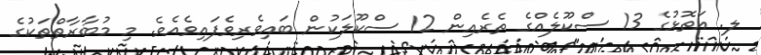
ލ. އަތޮޅުގެ 13 ސްކޫލެއްގެ ތެރެއިން 12 ސްކޫލަކުން ބައިވެރިވެފައިވެއެވެ. މި މުބާރާތްތަކުގެ